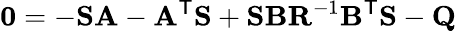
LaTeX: \mathbf{0}=-\mathbf{S}\mathbf{A}-\mathbf{A}^{\mathsf{T}}\mathbf{S}+\mathbf{S}\mathbf{B}\mathbf{R}^{-1}\mathbf{B}^{\mathsf{T}}\mathbf{S}-\mathbf{Q}